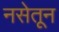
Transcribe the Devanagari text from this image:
नसेतून